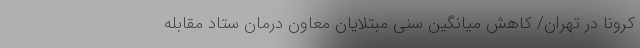
کرونا در تهران/ کاهش میانگین سنی مبتلایان معاون درمان ستاد مقابله